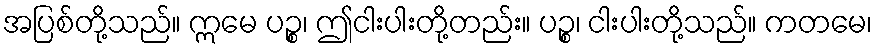
အပြစ်တို့သည်။ ဣမေ ပဉ္စ၊ ဤငါးပါးတို့တည်း။ ပဉ္စ၊ ငါးပါးတို့သည်။ ကတမေ၊